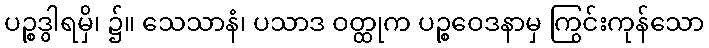
ပဉ္စဒွါရမှိ၊ ၌။ သေသာနံ၊ ပသာဒ ဝတ္ထုက ပဉ္စဝေဒနာမှ ကြွင်းကုန်သော